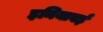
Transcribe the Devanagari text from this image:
इनियावई